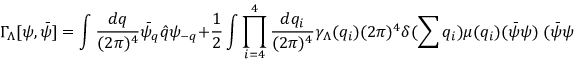
\Gamma _ { \Lambda } [ \psi , \bar { \psi } ] = \int \frac { d q } { ( 2 \pi ) ^ { 4 } } \bar { \psi } _ { q } \hat { q } \psi _ { - q } + \frac { 1 } { 2 } \int \prod _ { i = 4 } ^ { 4 } \frac { d q _ { i } } { ( 2 \pi ) ^ { 4 } } \gamma _ { \Lambda } ( q _ { i } ) ( 2 \pi ) ^ { 4 } \delta ( \sum q _ { i } ) \mu ( q _ { i } ) ( \bar { \psi } \psi ) \; ( \bar { \psi } \psi ) ,